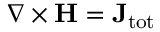
\nabla \times \mathbf { H } = \mathbf { J } _ { \mathrm { { t o t } } }